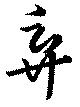
棄